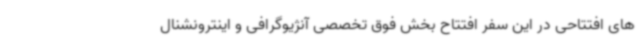
های افتتاحی در این سفر افتتاح بخش فوق تخصصی آنژیوگرافی و اینترونشنال